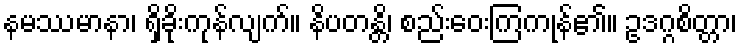
နမဿမာနာ၊ ရှိခိုးကုန်လျက်။ နိပတန္တိ၊ စည်းဝေးကြကုန်၏။ ဥဒဂ္ဂစိတ္တာ၊